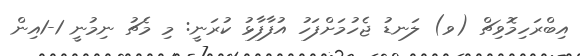
އިބްރަހިމޮވިޗް (ވ) ލަނޑު ޖެހުމަށްފަހު އުފާފާޅު ކުރަނީ: މި މެޗު ނިމުނީ 1-1އިން